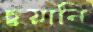
চুয়ানি